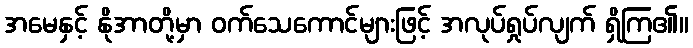
အမေနှင့် နိုအာတို့မှာ ဝက်သေကောင်များဖြင့် အလုပ်ရှုပ်လျက် ရှိကြ၏။